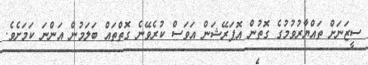
ސީޒަނަށް ތައްޔާރުވުމުގެ ގޮތުން އޮޕަރޭޝަން އަވަސް ކުރެވޭނެ ގޮތްތައް ބަލަމުން އަންނަ ކަމަށެވެ.